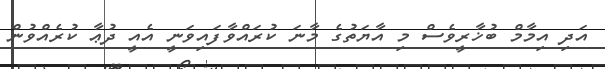
އަދި އިމާމް ބުޚާރީވެސް މި އާޔަތުގެ މާނަ ކުރައްވާފައިވަނީ އެއީ ދުޢާ ކުރެއްވުން